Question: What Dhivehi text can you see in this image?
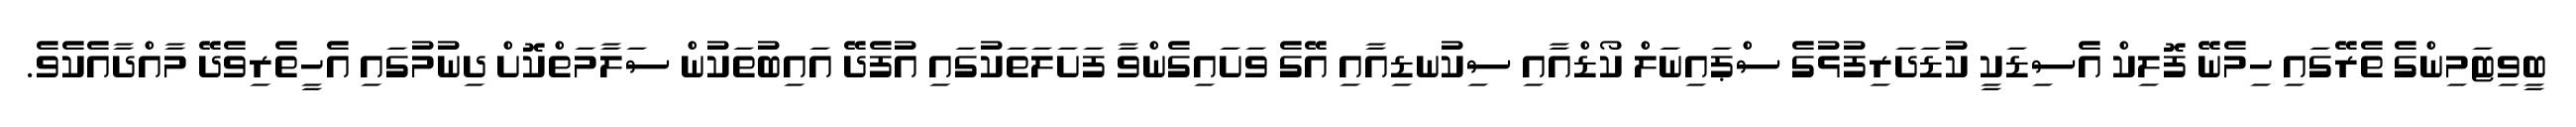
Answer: ބީވިޓަމިންގެ ތެރޭގައި ހިމެނޭ ފޮލިކް އެސިޑަކީ ކުޑަދަރިފުޅުގެ ސްޕައިނަލް ކޯޑްއާއި ސިކުނޑިއާއި އޭގެ ވަށައިގެންވާ ފަށަލަތަކުގައި އުފެދޭ އައިބުތަކުން ސަލާމަތްކޮށް ދިނުމުގައި އެހީތެރިވެދޭ މާއްދާއެކެވެ.